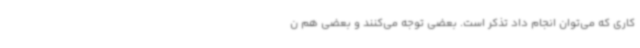
کاری که می‌توان انجام داد تذکر است. بعضی توجه می‌کنند و بعضی هم ن